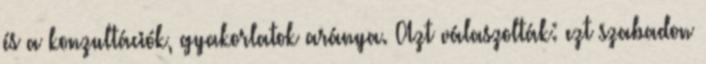
és a konzultációk, gyakorlatok aránya. Azt válaszolták: ezt szabadon